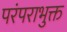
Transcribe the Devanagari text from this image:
परंपराभुक्त